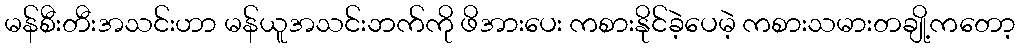
မန်စီးတီးအသင်းဟာ မန်ယူအသင်းဘက်ကို ဖိအားပေး ကစားနိုင်ခဲ့ပေမဲ့ ကစားသမားတချို့ကတော့